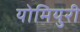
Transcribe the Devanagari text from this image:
योमियुरी